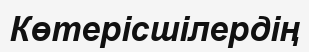
Көтерісшілердің